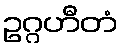
ဥဂ္ဂဟီတံ